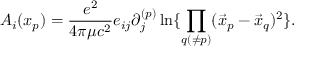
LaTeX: { \cal A } _ { i } ( x _ { p } ) = { \frac { e ^ { 2 } } { 4 \pi \mu c ^ { 2 } } } e _ { i j } \partial _ { j } ^ { ( p ) } \ln \{ \prod _ { q ( \ne p ) } ( \vec { x } _ { p } - \vec { x } _ { q } ) ^ { 2 } \} .